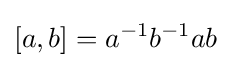
[a,b]=a^{-1}b^{-1}ab